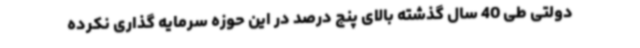
دولتی طی 40 سال گذشته بالای پنج درصد در این حوزه سرمایه گذاری نکرده